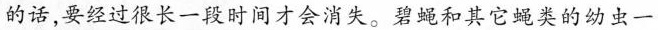
的话，要经过很长一段时间才会消失。碧蝇和其它蝇类的幼虫一